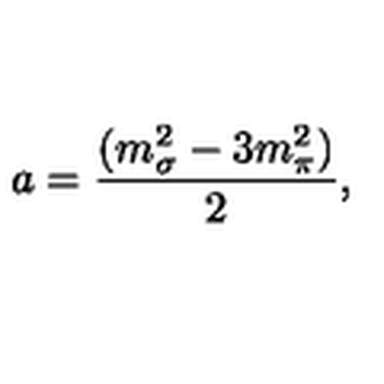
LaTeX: a = \frac { ( m _ { \sigma } ^ { 2 } - 3 m _ { \pi } ^ { 2 } ) } { 2 } ,